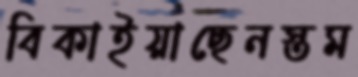
বিকাইয়াছেনস্তম